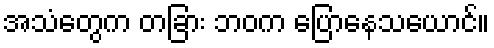
အသံတွေက တခြား ဘဝက ပြောနေသယောင်။